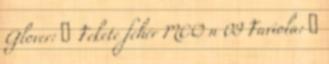
Glover: ♂ Fekete fehér MCO n 09 Faviola: ♀